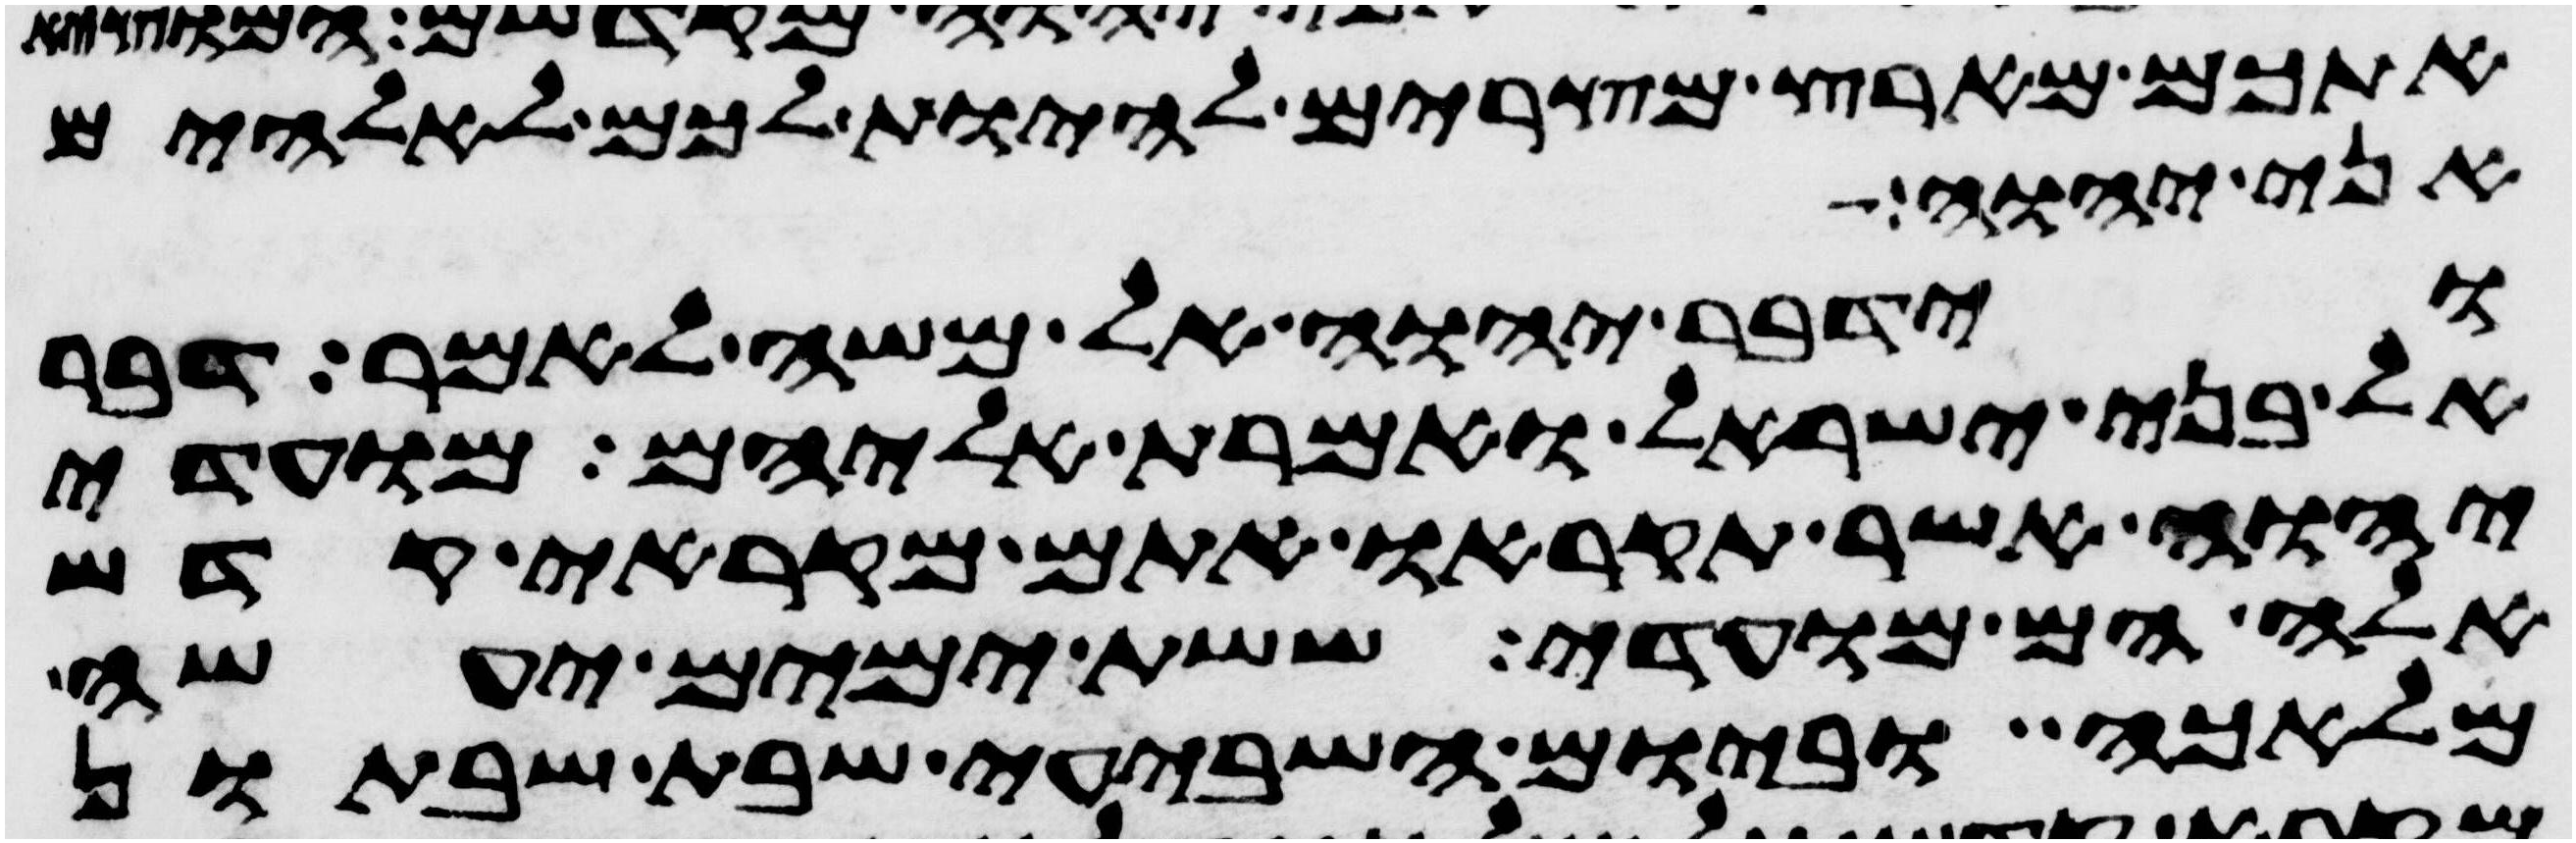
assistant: אתכם מארץ מצרים להיות לכם לאלהים
אני יהוה
וידבר יהוה אל משה לאמר דבר
אל בני ישראל ואמרת אליהם מועדי
יהוה אשר תקראו אתם מקראי קדש
אלה הם מועדי ששת ימים יעשה
מלאכה וביום השביעי שבת שבתון